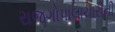
રાજગોપાલાચારીની